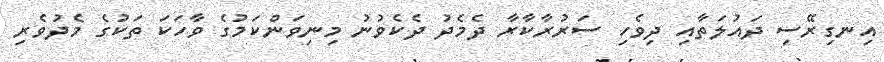
އިނގިރޭސި ދައުލަތާއި ދިވެހި ސަރުރާކާރާ ދެމެދު ދެކެވުނު މިނިވަންކަމުގެ ވާހަކަ ތަކުގެ މެދުވެރި